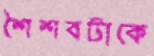
শৈশবটাকে